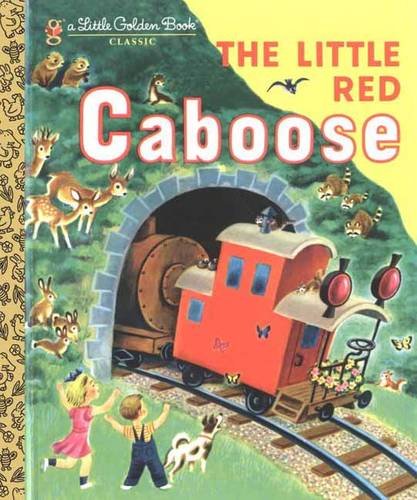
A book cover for The Little Red Caboose (Little Golden Book); Marian Potter; Children's Books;